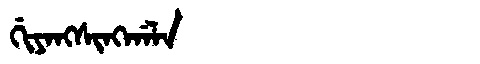
Manchu: ᡤᡳᠶᠠᠩᠰᡳᠩᡤᠠᠯᠠ
Romanization: GIYANGSINGGALA